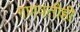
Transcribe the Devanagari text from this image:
गणपतीही